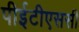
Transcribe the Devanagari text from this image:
पीईटीएससी